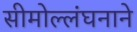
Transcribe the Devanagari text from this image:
सीमोल्लंघनाने